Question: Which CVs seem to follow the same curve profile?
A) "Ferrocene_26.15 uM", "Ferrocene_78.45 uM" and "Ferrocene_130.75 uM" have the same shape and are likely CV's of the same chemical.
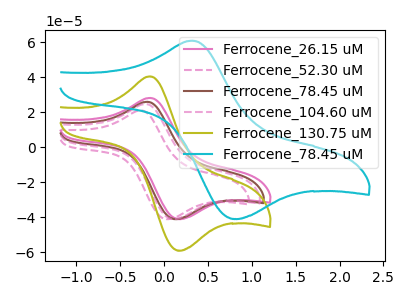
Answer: <think>The pink curve "Ferrocene_26.15 uM" has an anodic peak at (-0.15V, 28.10uA) and a cathodic peak at (0.20V, -41.10uA). The pink dashed curve "Ferrocene_52.30 uM" has an anodic peak at (-0.25V, 21.00uA) and a cathodic peak at (0.05V, -41.10uA). The brown curve "Ferrocene_78.45 uM" has an anodic peak at (-0.20V, 25.90uA) and a cathodic peak at (0.15V, -41.10uA). The pink dashed curve "Ferrocene_104.60 uM" has an anodic peak at (-0.20V, 24.65uA) and a cathodic peak at (0.10V, -41.10uA). The olive curve "Ferrocene_130.75 uM" has an anodic peak at (-0.15V, 40.45uA) and a cathodic peak at (0.20V, -59.15uA). The cyan curve "Ferrocene_78.45 uM" has an anodic peak at (0.35V, 60.85uA) and a cathodic peak at (0.85V, -41.05uA).
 "Ferrocene_26.15 uM" and "Ferrocene_52.30 uM" have at least one peak that do not match. All the peaks in "Ferrocene_26.15 uM" have a peak in "Ferrocene_78.45 uM" at the same potential. "Ferrocene_26.15 uM" and "Ferrocene_104.60 uM" have at least one peak that do not match. All the peaks in "Ferrocene_26.15 uM" have a peak in "Ferrocene_130.75 uM" at the same potential. Every peak in "Ferrocene_26.15 uM" is lower than every peak in "Ferrocene_130.75 uM". "Ferrocene_26.15 uM" and "Ferrocene_78.45 uM" have at least one peak that do not match. "Ferrocene_52.30 uM" and "Ferrocene_78.45 uM" have at least one peak that do not match. "Ferrocene_52.30 uM" and "Ferrocene_104.60 uM" have at least one peak that do not match. "Ferrocene_52.30 uM" and "Ferrocene_130.75 uM" have at least one peak that do not match. "Ferrocene_52.30 uM" and "Ferrocene_78.45 uM" have at least one peak that do not match. All the peaks in "Ferrocene_78.45 uM" have a peak in "Ferrocene_104.60 uM" at the same potential. All the peaks in "Ferrocene_78.45 uM" have a peak in "Ferrocene_130.75 uM" at the same potential. Every peak in "Ferrocene_78.45 uM" is lower than every peak in "Ferrocene_130.75 uM". "Ferrocene_78.45 uM" and "Ferrocene_78.45 uM" have at least one peak that do not match. "Ferrocene_104.60 uM" and "Ferrocene_130.75 uM" have at least one peak that do not match. "Ferrocene_104.60 uM" and "Ferrocene_78.45 uM" have at least one peak that do not match. "Ferrocene_130.75 uM" and "Ferrocene_78.45 uM" have at least one peak that do not match.</think>
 <answer>A) "Ferrocene_26.15 uM", "Ferrocene_78.45 uM" and "Ferrocene_130.75 uM" have the same shape and are likely CV's of the same chemical.</answer>
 <eval>A</eval>